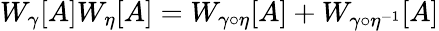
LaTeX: W_{\gamma}[A]W_{\eta}[A]=W_{\gamma\circ\eta}[A]+W_{\gamma\circ\eta^{-1}}[A]